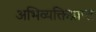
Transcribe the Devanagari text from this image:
अभिव्यक्तिप्राप्त